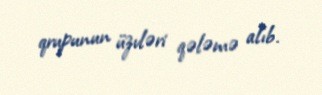
qrupunun üzvləri qələmə alıb.